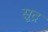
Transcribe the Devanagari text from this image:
सूद्र